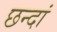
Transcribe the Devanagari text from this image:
छन्दां